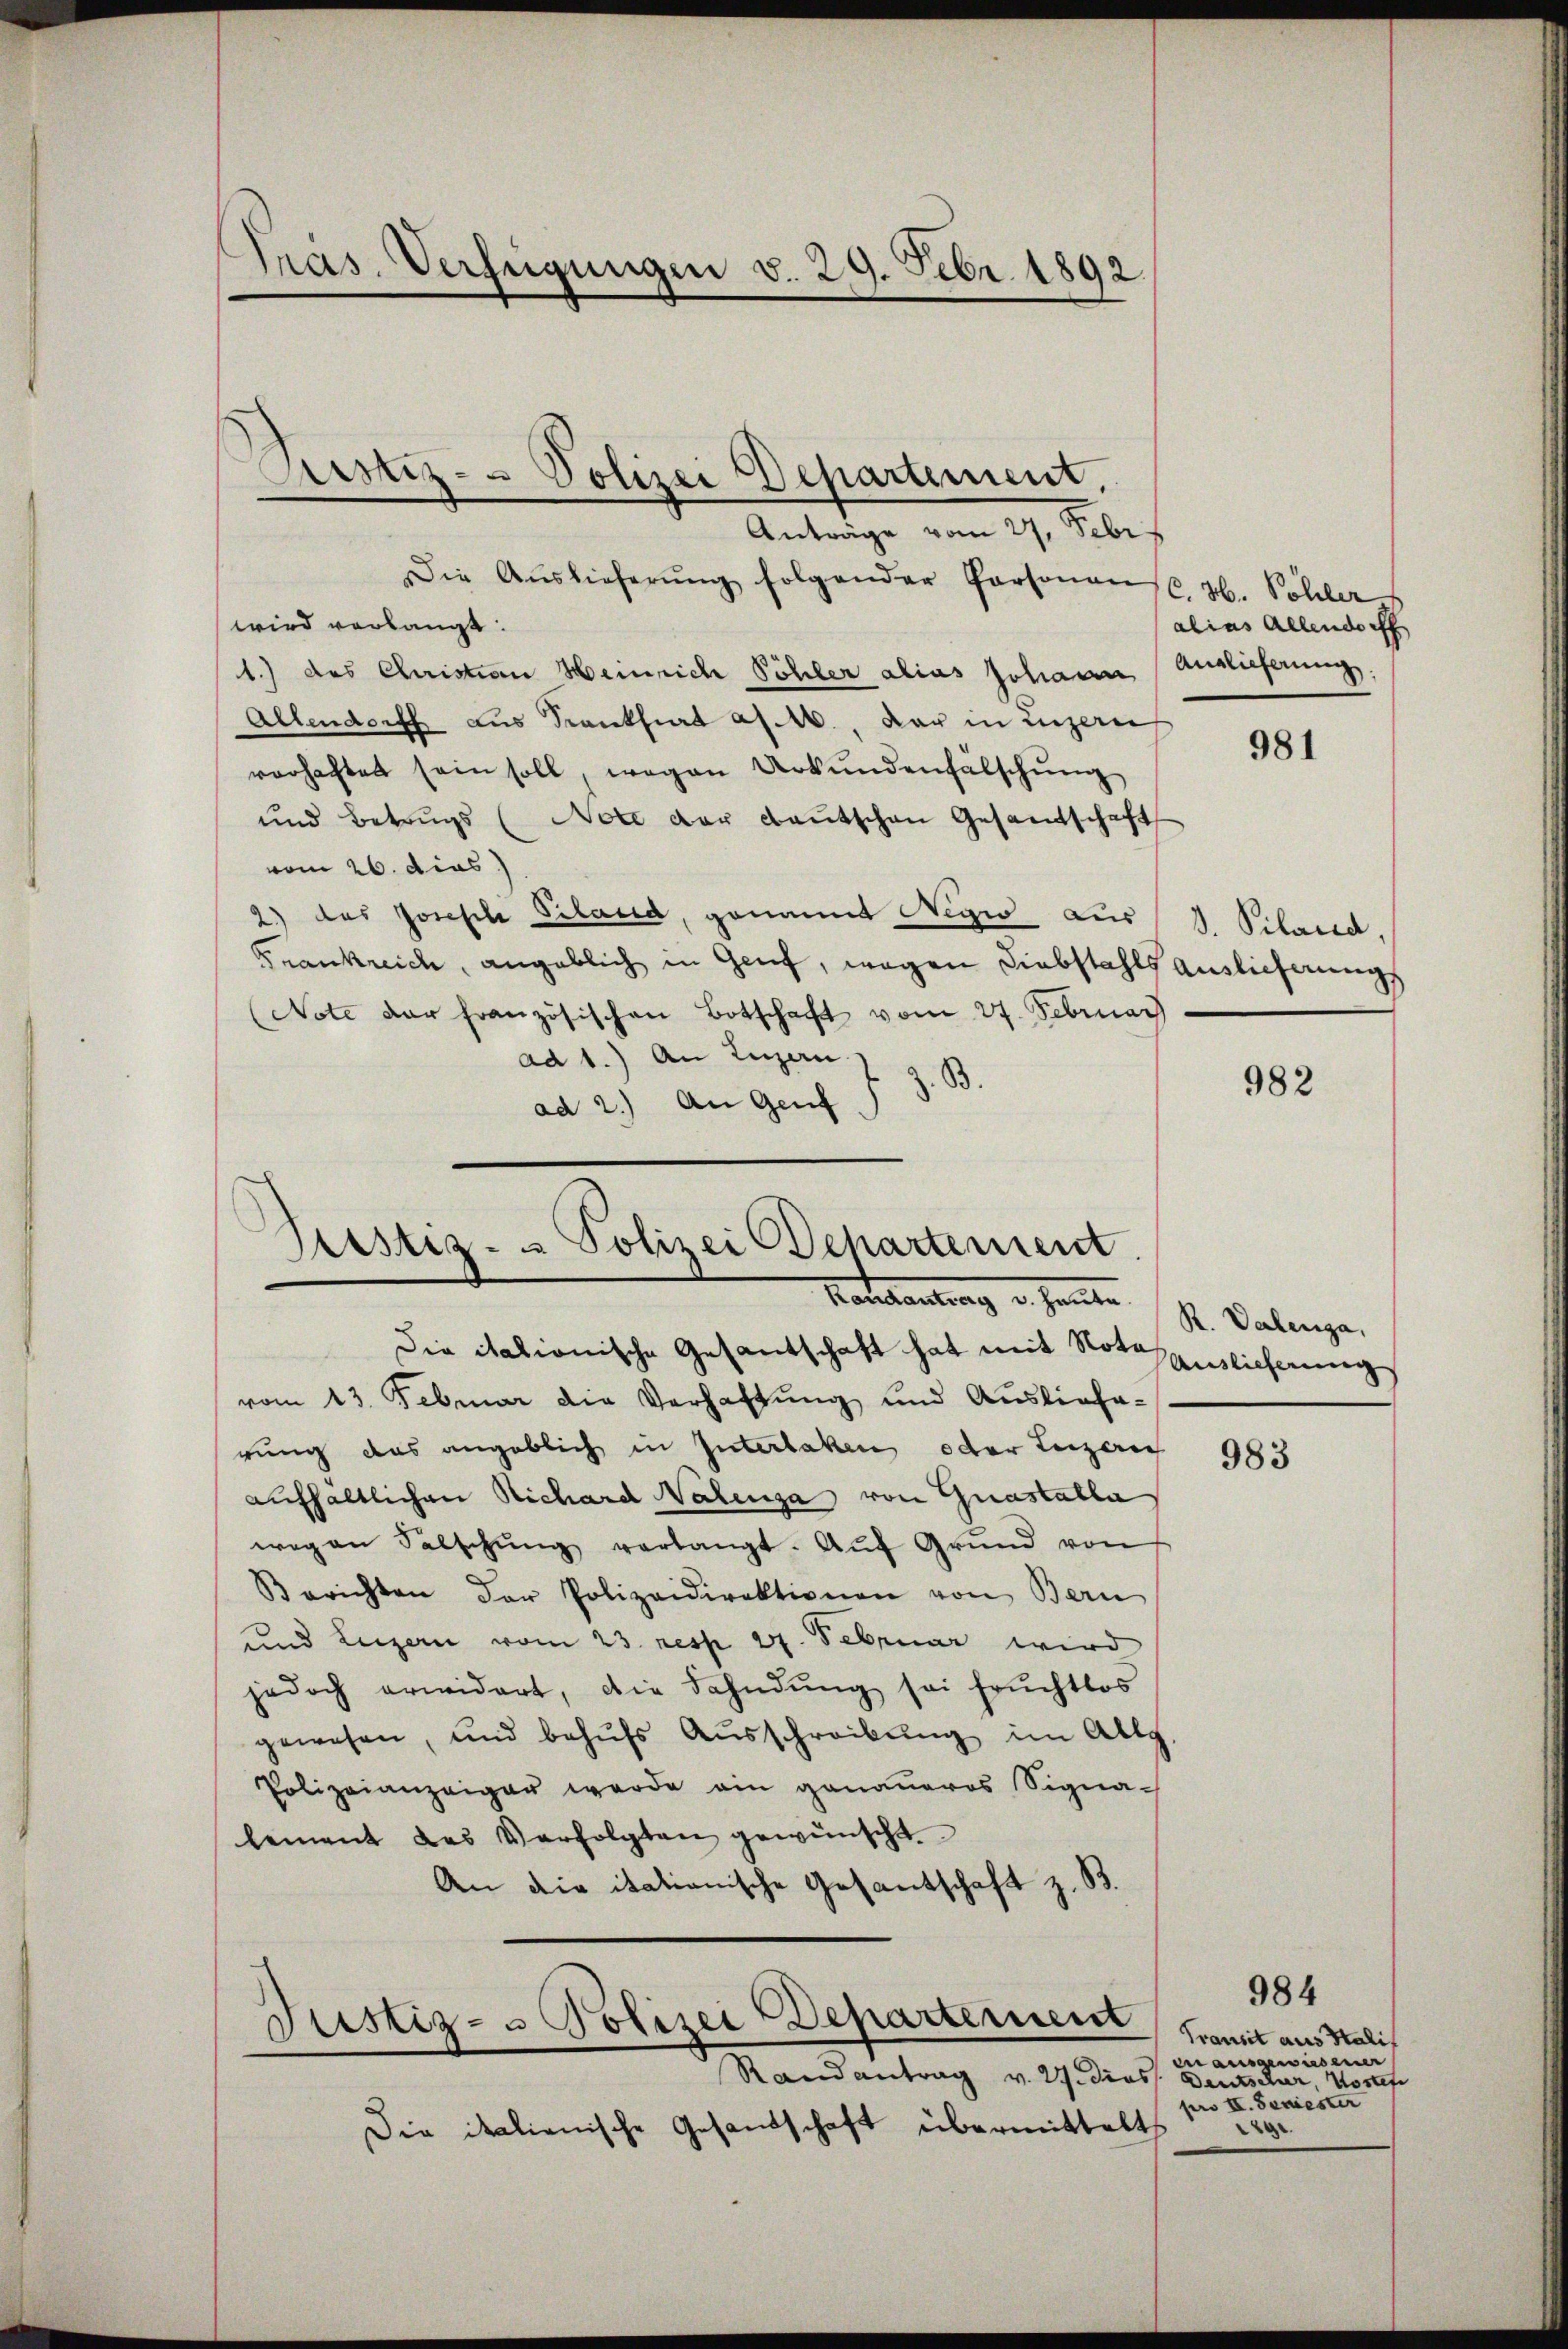
Pras. Verfügungen v. 29. Febr. 1892.

Astiz- & Polizei Departement,

Anträge vom 27. Febr.
Die Auslieferŭng folgender Personan
wird verlangt:
1.) des Christian Heinrich Pöhler alias Johann Auslieferung
Allendorff aus Krankfurt a/M., dar in Luzern
verhaftet sein soll, wegen Urkundenfälschŭng
und Betrugs (Note der Bautschen Gesandtschaft
vom 26. dies
2) das Joseph Piland, genannt Regio aus
Frankreich, angeblich in Genf, wegen Diebstahls Auslieferungs
Note der französischen Botschaft vom 27. Februar
ad 1.) An Luzern.
t z. B.
ad 2.) An Genf
Die italionische Gesantschaft hat mit Nota
Auslieferung
vom 13. Februar die Verhaltung und Ausliefa-
rung das angeblich in Interlaken oder Leizeric
983
aufhaltlichen Richard Walena von Guastalla
weg an Falschŭng verlangt. Aŭf Grŭnd von
Berichten der Polizeidirektionen von Bern
und Luzern vom 23. resp. 27. Februar wird
jedoch erwidert, die Fahndŭng sei fruchtlos
gewesen, und behŭfs Aŭsschreibŭng im Allg
Polizeianzeiger werde ein genaueros Signa-
lement des Verfolgten gewünscht.
An die itationische Gesantschaft z. B.
Justiz- & Polizei Departement
dn ausgewesener
Randantrag v. 27. Diess. Deutscher, Wortef
g
Die italienische Gesandschaft übermittelt

Sistiz- & Polizei Departement.
Kansartung u. heute

C. H. Sohler
alias Allendorff

981

d. Piland,

982

R. Valenga,

984
Transit aus Stalis
pro II. Seniester